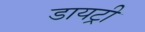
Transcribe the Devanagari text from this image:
डायट्री